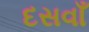
દસવાઁ